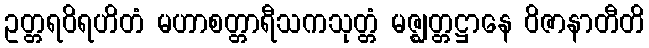
ဥတ္တရဝိရဟိတံ မဟာစတ္တာရီသကသုတ္တံ မဇ္ဈတ္တဋ္ဌာနေ ဝိဇာနာတီတိ